Annual administration report of the Civil Veterinary Department of India - 1896-1897
Year: 1896
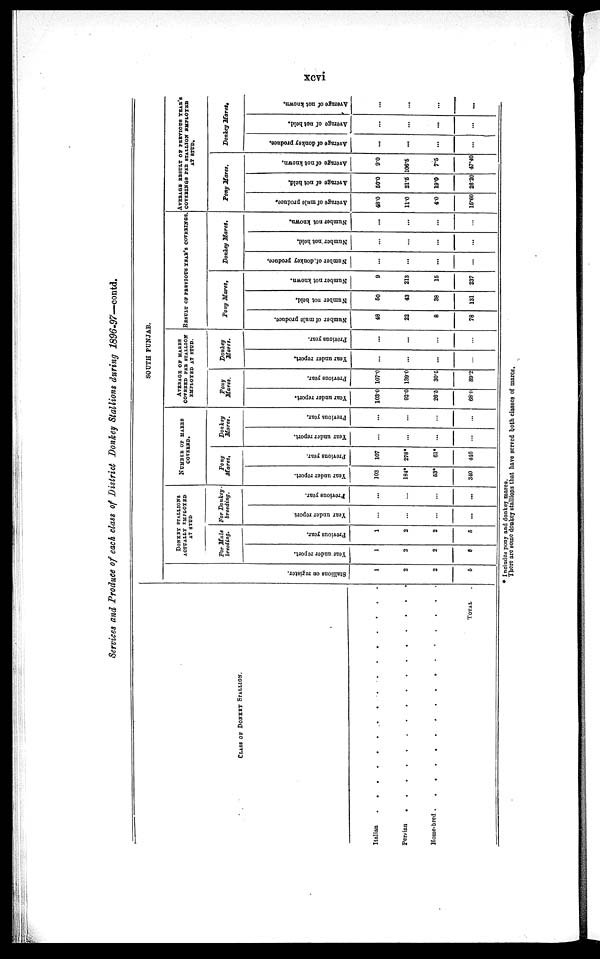
xcvi
Services and Produce of each class of District Donkey Stallions during 1896-97—contd.
CLASS OF DONKEY STALLION.
Italian . . . . . . . . . . . . . . . .
Percian . . . . . . . . . . . . . . . .
Home-bred
.
.
.
.
.
.
.
.
.
.
.
.
.
.
.
.
TOTAL .
SOUTH PUNJAB.
Stallions on register.
1
2
2
5
DONKEY STALLIONS
ACTUALLY EMPLOYED
AT STUD
For Mule
breeding.
Year under report.
1
2
2
5
Previous year.
1
2
2
5
For Donkey-
breeding.
Year under report
...
...
...
...
Previous year.
...
...
...
...
NUMBER OF MARES
COVERED.
Pony
Mares,
Year under report.
103
184*
63*
340
Previous year.
107
278*
61*
446
Donkey
Mares.
Year under report.
...
...
...
...
Previous year.
...
...
...
...
AVERAGE OF MARES
COVERED PER STALLION
EMPLOYED AT STUD.
Pony
Mares.
Year under report.
103.0
92.0
26.5
68.0
Previous year.
107.0
139.0
30.5
89.2
Donkey
Mares.
Year under report.
...
...
...
...
Previous year.
...
...
...
...
RESULT OF PERVIOUS YEAR'S COVERINGS.
Pony Mares,
Number of mule produce.
48
22
8
78
Number not held.
50
43
38
131
Number not known.
9
213
16
237
Donkey Mares.
Number of donkey produce,
...
...
...
...
Number not held.
...
...
...
...
Number not known.
...
...
...
...
AVERAGE RESULT OF PERVIOUS YEAR'S
COVERINGS PER STALLION EMPLOYED
AT STUD.
Pony Mares.
Average of mule produce.
48.0
11.0
4.0
15.60
Average of not held.
60.0
21.5
19.0
2620
Average of not known.
9.0
106.5
7.5
47.40
Donkey Mares.
Average of donkey produce.
...
...
...
...
Average of not held.
...
...
...
...
Average of not known,
...
...
...
...
* Includes pony and donkey mares.
There are some donkey stallions that have served both classes of mares.